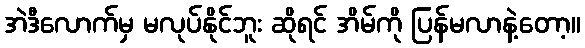
အဲဒီလောက်မှ မလုပ်နိုင်ဘူး ဆိုရင် အိမ်ကို ပြန်မလာနဲ့တော့။